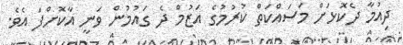
ދިއުމާ ދެކޮޅަށް މަސައްކަތް ކުރުމުގެ އަޒުމް ދެ ގައުމުން ވަނީ އާކޮށްފަ އެވެ.